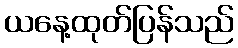
ယနေ့ထုတ်ပြန်သည်